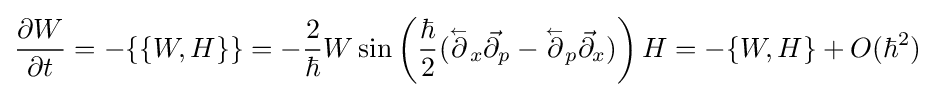
{\frac {\partial W}{\partial t}}=-\{\{W,H\}\}=-{\frac {2}{\hbar }}W\sin \left({\frac {\hbar }{2}}({\overset {_{\gets }}{\partial }}_{x}{\vec {\partial }}_{p}-{\overset {_{\gets }}{\partial }}_{p}{\vec {\partial }}_{x})\right)H=-\{W,H\}+O(\hbar ^{2})